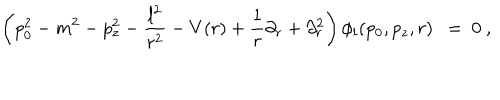
LaTeX: \left( p _ { 0 } ^ { 2 } - m ^ { 2 } - p _ { z } ^ { 2 } - \frac { l ^ { 2 } } { r ^ { 2 } } - V ( r ) + \frac 1 r \partial _ { r } + \partial _ { r } ^ { 2 } \right) \phi _ { l } ( p _ { 0 } , p _ { z } , r ) \ \ = \ 0 \ ,